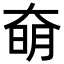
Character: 奛